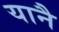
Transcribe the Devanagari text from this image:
यानै